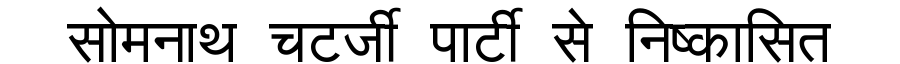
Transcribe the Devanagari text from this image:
सोमनाथ चटर्जी पार्टी से निष्कासित